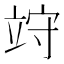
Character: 𥩽